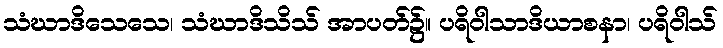
သံဃာဒိသေသေ၊ သံဃာဒိသိသ် အာပတ်၌။ ပရိဝါသာဒိယာစနာ၊ ပရိဝါသ်